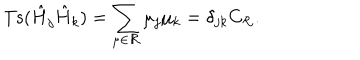
LaTeX: \mathrm { T s } ( \hat { H } _ { j } \hat { H } _ { k } ) = \sum _ { \mu \in { \cal R } } \mu _ { j } \mu _ { k } = \delta _ { j k } C _ { \cal R } .